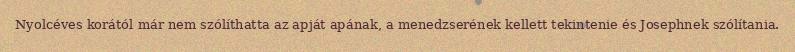
Nyolcéves korától már nem szólíthatta az apját apának, a menedzserének kellett tekintenie és Josephnek szólítania.